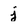
Character: j